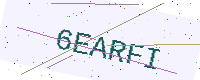
Text: 6EARFI